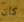
كان